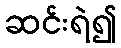
ဆင်းရဲ၍